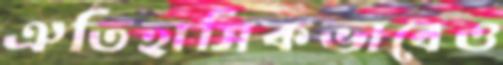
ঐতিহাসিকভাবেও